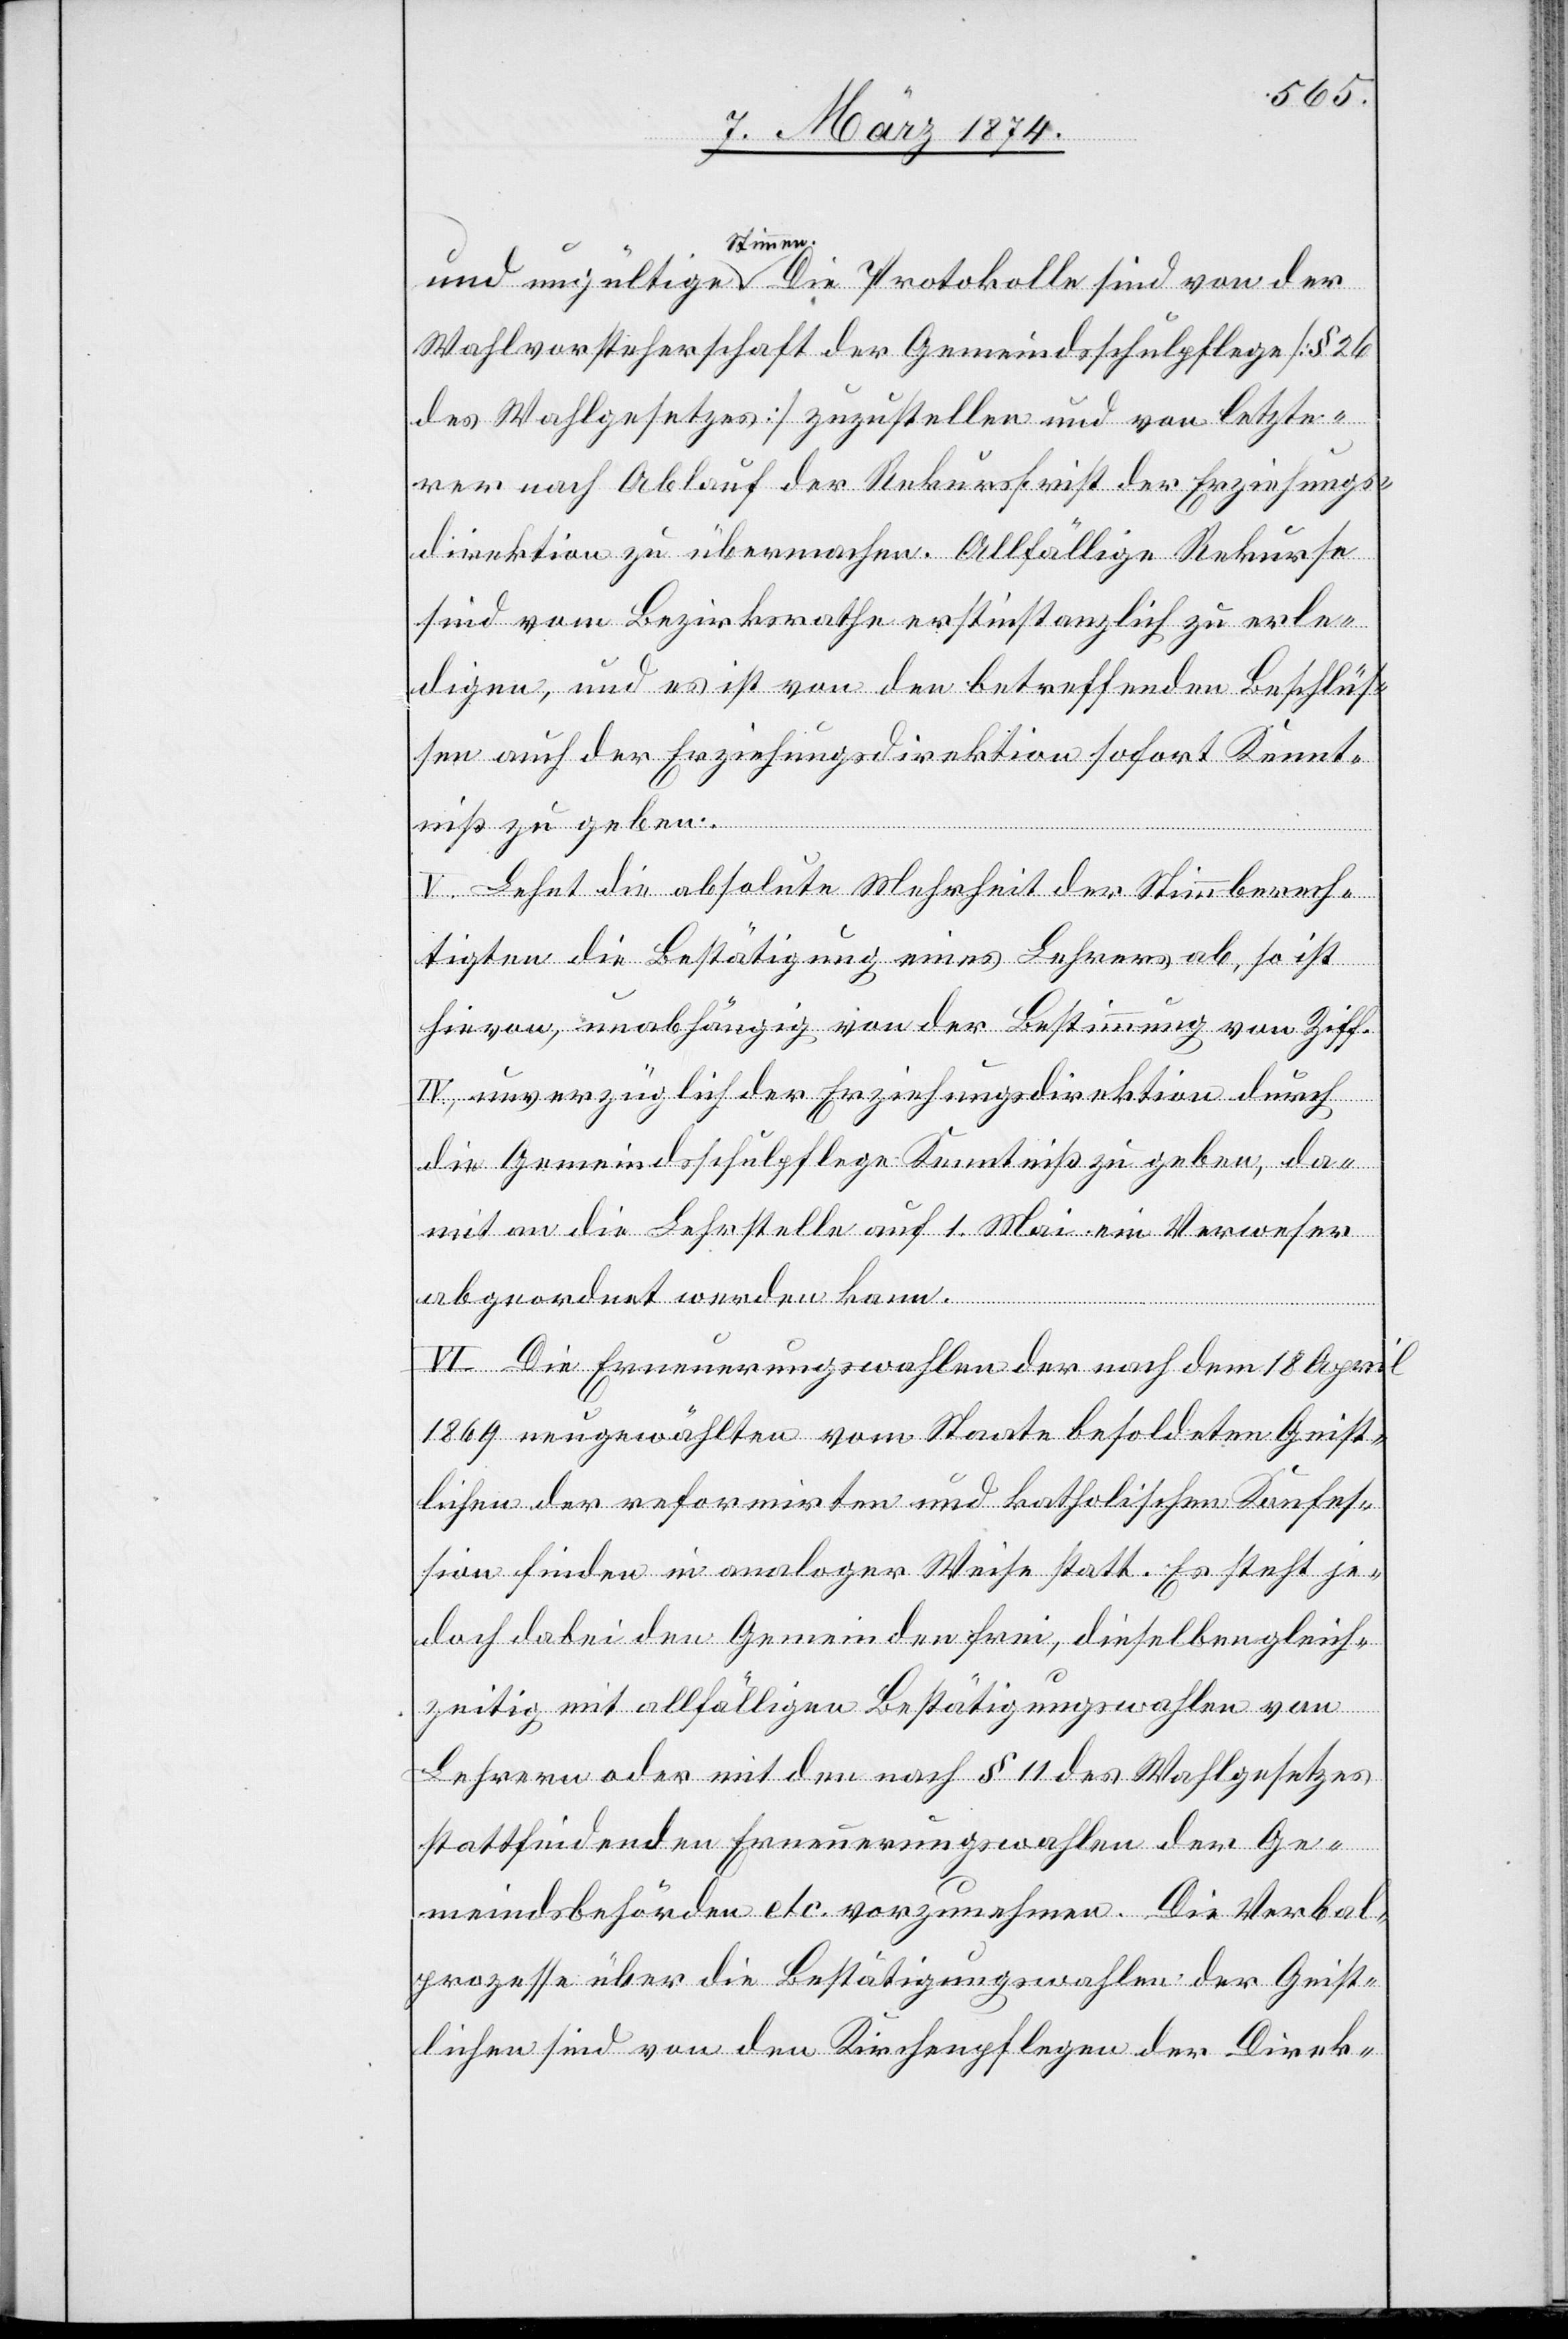
und ungültigen Stimmen. Die Protokolle sind von der
Wahlvorsteherschaft der Gemeindsschulpflege [§ 26
des Wahlgesetzes] zuzustellen und von letzte¬
rer nach Ablauf der Rekursfrist der Erziehungs¬
direktion zu übermachen. Allfällige Rekurse
sind vom Bezirksrathe erstinstanzlich zu erle¬
digen, und es ist von den betreffenden Beschlüs¬
sen auch der Erziehungsdirektion sofort Kennt¬
niß zu geben.
V. Lehnt die absolute Mehrheit der Stimmberech¬
tigten die Bestätigung eines Lehrers ab, so ist
hievon, unabhängig von der Bestimmung von Ziff.
IV, unverzüglich der Erziehungsdirektion durch
die Gemeindsschulpflege Kenntniß zu geben, da¬
mit an die Lehrstelle auf 1. Mai ein Verweser
abgeordnet werden kann.
VI. Die Erneuerungswahlen der nach dem 18. April
1869 neugewählten vom Staate besoldeten Geist¬
lichen der reformirten und katholischen Konfes¬
sion finden in analoger Weise statt. Es steht je¬
doch dabei den Gemeinden frei, dieselben gleich¬
zeitig mit allfälligen Bestätigungswahlen von
Lehrern oder mit dem nach § 11 des Wahlgesetzes
stattfindenden Erneuerungswahlen der Ge¬
meindsbehörden etc. vorzunehmen. Die Verbal¬
prozesse über die Bestätigungswahlen der Geist¬
lichen sind von den Kirchenpflegen der Direk-